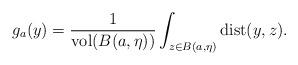
LaTeX: \begin{align*}g_{a}(y)=\frac{1}{\mathrm{vol}(B(a,\eta ))}\int_{z\in B(a,\eta )}\mathrm{dist}(y,z). \end{align*}